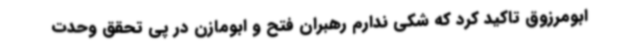
ابومرزوق تاکید کرد که شکی ندارم رهبران فتح و ابومازن در پی تحقق وحدت